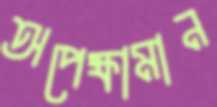
অপেক্ষামান